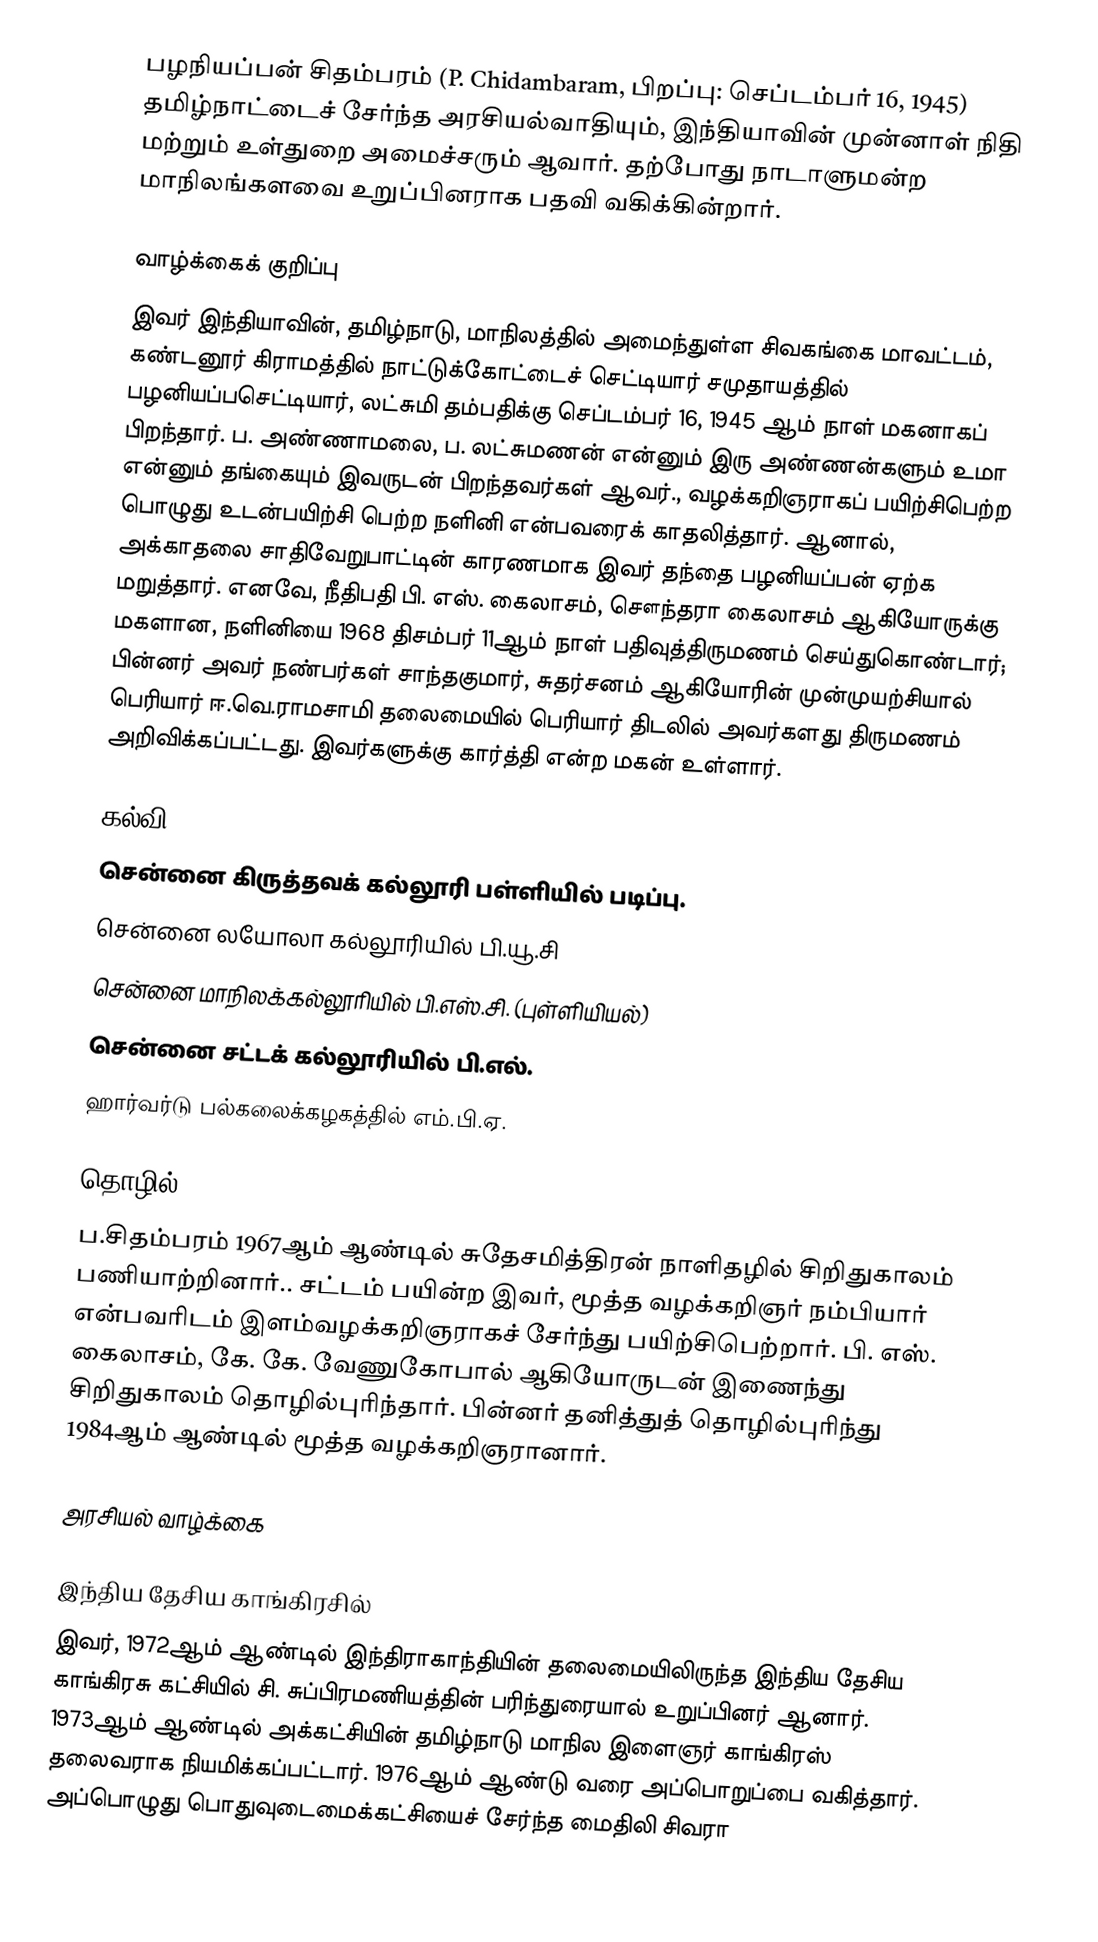
பழநியப்பன் சிதம்பரம் (P. Chidambaram, பிறப்பு: செப்டம்பர் 16, 1945) தமிழ்நாட்டைச் சேர்ந்த அரசியல்வாதியும், இந்தியாவின் முன்னாள் நிதி மற்றும் உள்துறை அமைச்சரும் ஆவார். தற்போது நாடாளுமன்ற மாநிலங்களவை உறுப்பினராக பதவி வகிக்கின்றார்.

வாழ்க்கைக் குறிப்பு
இவர் இந்தியாவின், தமிழ்நாடு, மாநிலத்தில் அமைந்துள்ள சிவகங்கை மாவட்டம், கண்டனூர் கிராமத்தில் நாட்டுக்கோட்டைச் செட்டியார் சமுதாயத்தில் பழனியப்பசெட்டியார், லட்சுமி தம்பதிக்கு செப்டம்பர் 16, 1945 ஆம் நாள் மகனாகப் பிறந்தார். ப. அண்ணாமலை, ப. லட்சுமணன் என்னும் இரு அண்ணன்களும் உமா என்னும் தங்கையும் இவருடன் பிறந்தவர்கள் ஆவர்., வழக்கறிஞராகப் பயிற்சிபெற்ற பொழுது உடன்பயிற்சி பெற்ற நளினி என்பவரைக் காதலித்தார். ஆனால், அக்காதலை சாதிவேறுபாட்டின் காரணமாக இவர் தந்தை பழனியப்பன் ஏற்க மறுத்தார். எனவே, நீதிபதி பி. எஸ். கைலாசம், சௌந்தரா கைலாசம் ஆகியோருக்கு மகளான, நளினியை 1968 திசம்பர் 11ஆம் நாள்  பதிவுத்திருமணம் செய்துகொண்டார்; பின்னர் அவர் நண்பர்கள் சாந்தகுமார், சுதர்சனம் ஆகியோரின் முன்முயற்சியால் பெரியார் ஈ.வெ.ராமசாமி தலைமையில் பெரியார் திடலில் அவர்களது திருமணம் அறிவிக்கப்பட்டது. இவர்களுக்கு  கார்த்தி என்ற மகன் உள்ளார்.

கல்வி
 சென்னை கிருத்தவக் கல்லூரி பள்ளியில் படிப்பு.
 சென்னை லயோலா கல்லூரியில் பி.யூ.சி
 சென்னை மாநிலக்கல்லூரியில் பி.எஸ்.சி. (புள்ளியியல்)
 சென்னை சட்டக் கல்லூரியில் பி.எல்.
 ஹார்வர்டு பல்கலைக்கழகத்தில் எம்.பி.ஏ.

தொழில்
ப.சிதம்பரம் 1967ஆம் ஆண்டில் சுதேசமித்திரன் நாளிதழில் சிறிதுகாலம் பணியாற்றினார்.. சட்டம் பயின்ற இவர், மூத்த வழக்கறிஞர் நம்பியார் என்பவரிடம் இளம்வழக்கறிஞராகச் சேர்ந்து பயிற்சிபெற்றார். பி. எஸ். கைலாசம், கே. கே. வேணுகோபால் ஆகியோருடன் இணைந்து சிறிதுகாலம் தொழில்புரிந்தார். பின்னர் தனித்துத் தொழில்புரிந்து 1984ஆம் ஆண்டில் மூத்த வழக்கறிஞரானார்.

அரசியல் வாழ்க்கை

இந்திய தேசிய காங்கிரசில்
இவர், 1972ஆம் ஆண்டில் இந்திராகாந்தியின் தலைமையிலிருந்த இந்திய தேசிய காங்கிரசு  கட்சியில் சி. சுப்பிரமணியத்தின் பரிந்துரையால் உறுப்பினர் ஆனார். 1973ஆம் ஆண்டில் அக்கட்சியின் தமிழ்நாடு மாநில இளைஞர் காங்கிரஸ் தலைவராக நியமிக்கப்பட்டார். 1976ஆம் ஆண்டு வரை அப்பொறுப்பை வகித்தார். அப்பொழுது பொதுவுடைமைக்கட்சியைச் சேர்ந்த மைதிலி சிவரா